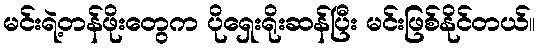
မင်းရဲ့တန်ဖိုးတွေက ပိုရှေးရိုးဆန်ပြီး မင်းဖြစ်နိုင်တယ်။